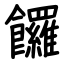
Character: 饠